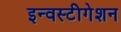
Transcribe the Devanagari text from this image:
इन्वस्टीगेशन